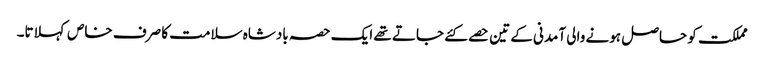
مملکت کو حاصل ہونے والی آمدنی کے تین حصے کئے جاتے تھے ایک حصہ بادشاہ سلامت کا صرف خاص کہلاتا۔